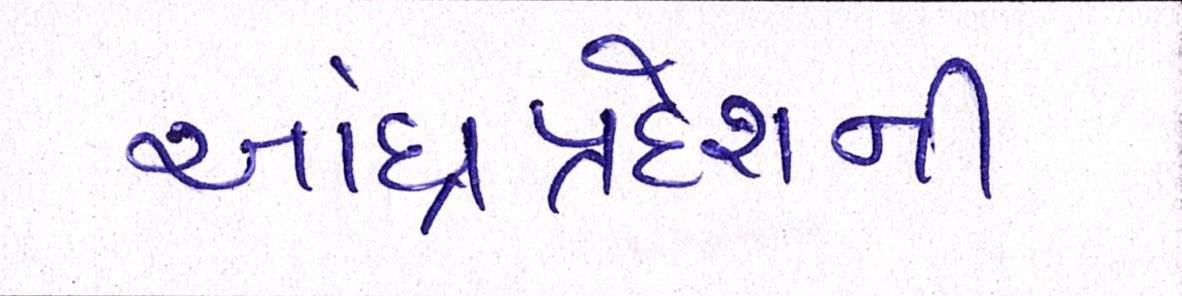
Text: આંધ્રપ્રદેશની